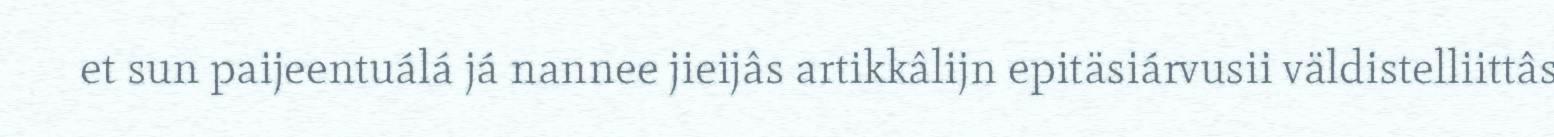
et sun paijeentuálá já nannee jieijâs artikkâlijn epitäsiárvusii väldistelliittâs